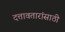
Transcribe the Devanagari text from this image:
दत्तावतारांसाठी